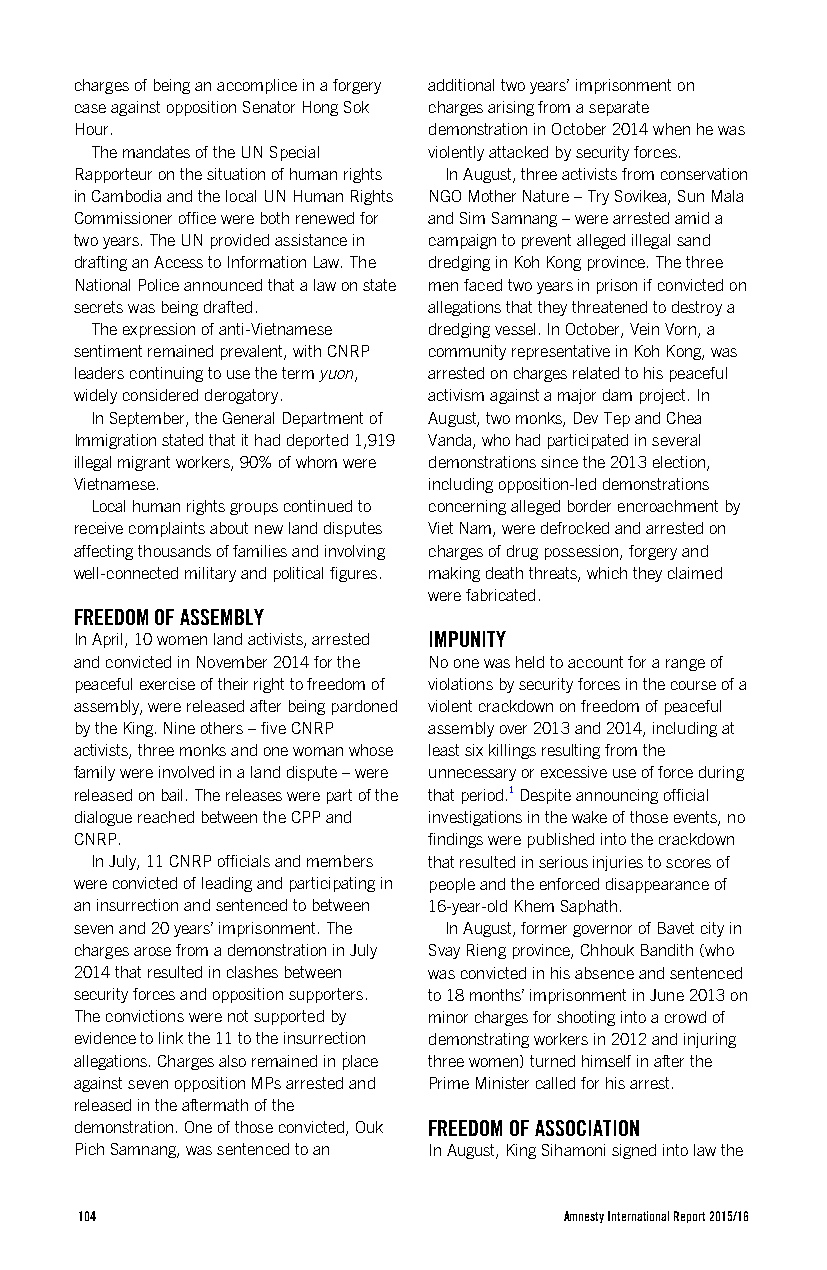
charges of being an accomplice in a forgery additional two years’ imprisonment on
 case against opposition Senator Hong Sok charges arising from a separate
 Hour.                  demonstration in October 2014 when he was
 The mandates of the UN Special violently attacked by security forces.
 Rapporteur on the situation of human rights In August, three activists from conservation
 in Cambodia and the local UN Human Rights NGO Mother Nature – Try Sovikea, Sun Mala
 Commissioner office were both renewed for and Sim Samnang – were arrested amid a
 two years. The UN provided assistance in campaign to prevent alleged illegal sand
 drafting an Access to Information Law. The dredging in Koh Kong province. The three
 National Police announced that a law on state men faced two years in prison if convicted on
 secrets was being drafted. allegations that they threatened to destroy a
 The expression of anti-Vietnamese dredging vessel. In October, Vein Vorn, a
 sentiment remained prevalent, with CNRP community representative in Koh Kong, was
 leaders continuing to use the term yuon, arrested on charges related to his peaceful
 widely considered derogatory. activism against a major dam project. In
 In September, the General Department of August, two monks, Dev Tep and Chea
 Immigration stated that it had deported 1,919 Vanda, who had participated in several
 illegal migrant workers, 90% of whom were demonstrations since the 2013 election,
 Vietnamese.            including opposition-led demonstrations
 Local human rights groups continued to concerning alleged border encroachment by
 receive complaints about new land disputes Viet Nam, were defrocked and arrested on
 affecting thousands of families and involving charges of drug possession, forgery and
 well-connected military and political figures. making death threats, which they claimed
 were fabricated.
 FREEDOM OF ASSEMBLY
 In April, 10 women land activists, arrested IMPUNITY
 and convicted in November 2014 for the No one was held to account for a range of
 peaceful exercise of their right to freedom of violations by security forces in the course of a
 assembly, were released after being pardoned violent crackdown on freedom of peaceful
 by the King. Nine others – five CNRP assembly over 2013 and 2014, including at
 activists, three monks and one woman whose least six killings resulting from the
 family were involved in a land dispute – were unnecessary or excessive use of force during
 released on bail. The releases were part of the that period.1 Despite announcing official
 dialogue reached between the CPP and investigations in the wake of those events, no
 CNRP.                  findings were published into the crackdown
 In July, 11 CNRP officials and members that resulted in serious injuries to scores of
 were convicted of leading and participating in people and the enforced disappearance of
 an insurrection and sentenced to between 16-year-old Khem Saphath.
 seven and 20 years’ imprisonment. The In August, former governor of Bavet city in
 charges arose from a demonstration in July Svay Rieng province, Chhouk Bandith (who
 2014 that resulted in clashes between was convicted in his absence and sentenced
 security forces and opposition supporters. to 18 months’ imprisonment in June 2013 on
 The convictions were not supported by minor charges for shooting into a crowd of
 evidence to link the 11 to the insurrection demonstrating workers in 2012 and injuring
 allegations. Charges also remained in place three women) turned himself in after the
 against seven opposition MPs arrested and Prime Minister called for his arrest.
 released in the aftermath of the
 demonstration. One of those convicted, Ouk FREEDOM OF ASSOCIATION
 Pich Samnang, was sentenced to an In August, King Sihamoni signed into law the
 104                             Amnesty International Report 2015/16